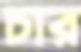
চার